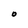
Character: O